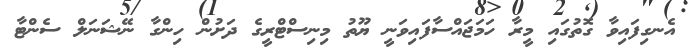
އެނގިފައިވާ ގޮތުގައި މީރާ ހަމަޖައްސާފައިވަނީ ޔޫތު މިނިސްޓްރީގެ ދަށުން ހިންގާ ނޭޝަނަލް ސެންޓާ